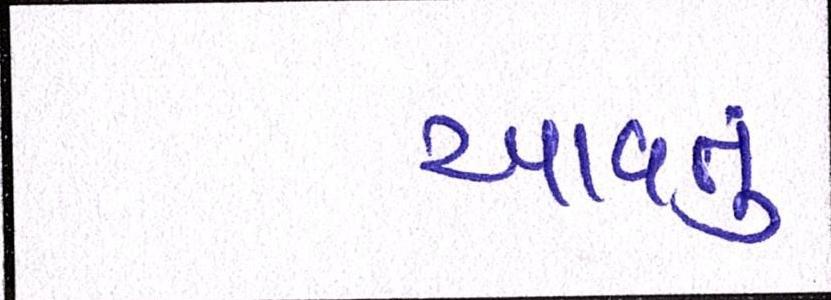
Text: આવતુ